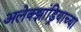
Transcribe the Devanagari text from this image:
अलेक्झांड्रियाच्या